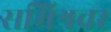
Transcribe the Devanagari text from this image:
समिश्रचर